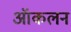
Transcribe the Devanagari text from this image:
ऑकलन